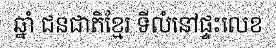
ឆ្នាំ ជនជាតិខ្មែរ ទីលំនៅផ្ទះលេខ